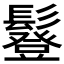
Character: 𩯇